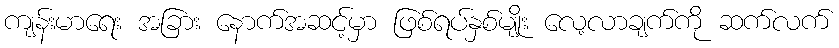
ကျန်းမာရေး အခြား နောက်အဆင့်မှာ ဖြစ်ရပ်နှစ်မျိုး လေ့လာချက်ကို ဆက်လက်